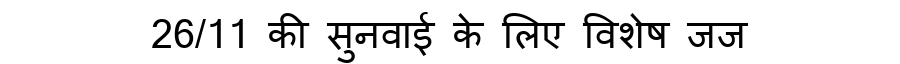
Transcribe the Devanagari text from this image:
26/11 की सुनवाई के लिए विशेष जज